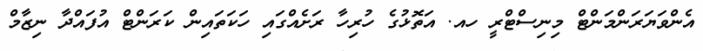
އެންވަޔަރަންމަންޓް މިނިސްޓްރީ ހއ. އަތޮޅުގެ ހުރިހާ ރަށެއްގައި ހަކަތައިން ކަރަންޓް އުފައްދާ ނިޒާމް